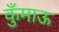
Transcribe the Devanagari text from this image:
कुँमाऊ